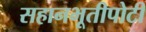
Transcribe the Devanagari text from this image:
सहानभूतीपोटी